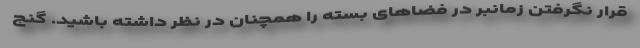
قرار نگرفتن زمانبر در فضاهای بسته را همچنان در نظر داشته باشید. گنج